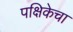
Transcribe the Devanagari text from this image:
पक्षिकेचा